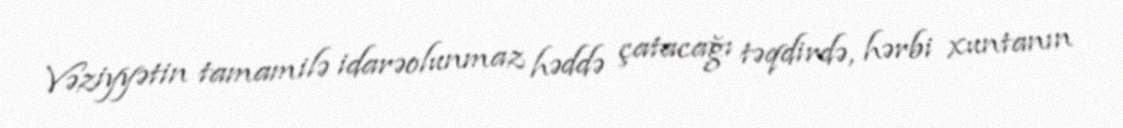
Vəziyyətin tamamilə idarəolunmaz həddə çatacağı təqdirdə, hərbi xuntanın